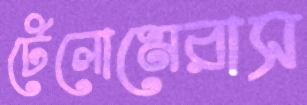
টেলোমেরাস